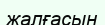
жалғасын